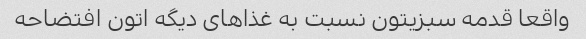
واقعا قدمه سبزیتون نسبت به غذاهای دیگه اتون افتضاحه